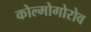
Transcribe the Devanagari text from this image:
कोल्मोगोरोव